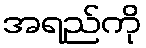
အရည်ကို